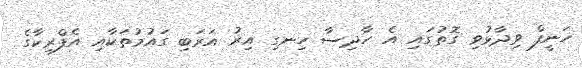
ހަނީފް ވިދާޅުވި ގޮތުގައި އެ ހާދިސާ ހިނގި އިރު އަރަބި ގައުމުތަކާއި އެފްރިކާގެ